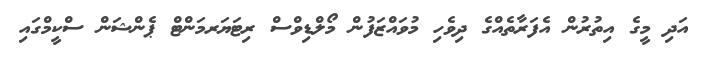
އަދި މީގެ އިތުރުން އެފަރާތެއްގެ ދިވެހި މުވައްޒަފުން މޯލްޑިވްސް ރިޓަޔަރމަންޓް ޕެންޝަން ސްކީމްގައި